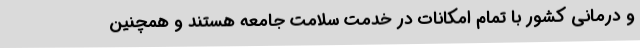
و درمانی کشور با تمام امکانات در خدمت سلامت جامعه هستند و همچنین